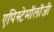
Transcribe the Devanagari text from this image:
एपिस्टेमॉलॉजी